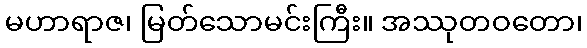
မဟာရာဇ၊ မြတ်သောမင်းကြီး။ အဿုတဝတော၊